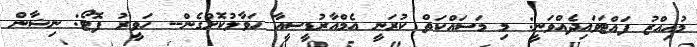
މުއިއްޒު ފައްޓަވައިދެއްވަނީ: މި މަސައްކަތް ކުރަނީ އެމްއާރުޑީސީއާ ހަވާލުކޮށްގެން-- ހަވީރު ފޮޓޯ: ނިޝާން